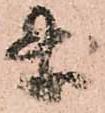
条